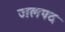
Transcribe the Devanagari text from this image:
जलपद